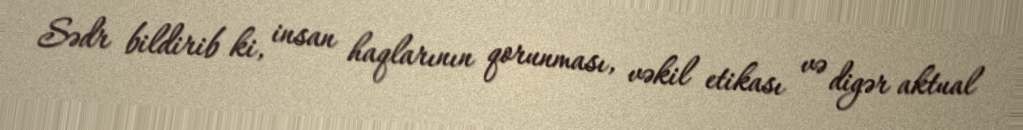
Sədr bildirib ki, insan haqlarının qorunması, vəkil etikası və digər aktual